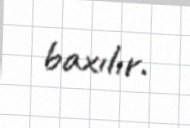
baxılır.